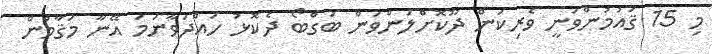
މި 15 ޤައުމުންވަނީ ވެރިކަން ދޫކޮށްލަންވަން ބަގްބޯ ދެކޮޅު ހައްދަވާނަމަ އޭނާ މަޤާމުން